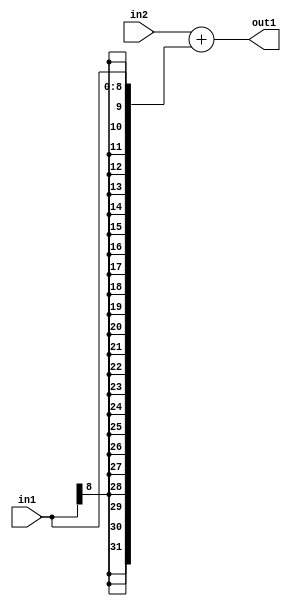
`timescale 1ps / 1ps
/*****************************************************************************
    Verilog RTL Description
    
    
    Created by: Stratus DpOpt 2019.1.01 
*******************************************************************************/

module fix2float_Add_32Sx9S_32S_4_1 (
	in2,
	in1,
	out1
	); /* architecture "behavioural" */ 
input [31:0] in2;
input [8:0] in1;
output [31:0] out1;
wire [31:0] asc001;

assign asc001 = 
	+(in2)
	+({{23{in1[8]}}, in1});

assign out1 = asc001;
endmodule

/* CADENCE  ubLzSwo= : u9/ySgnWtBlWxVPRXgAZ4Og= ** DO NOT EDIT THIS LINE ******/